Annual report on the Civil Veterinary Department, Burma (including the Insein Veterinary School) - 1923-1931
Year: 1923
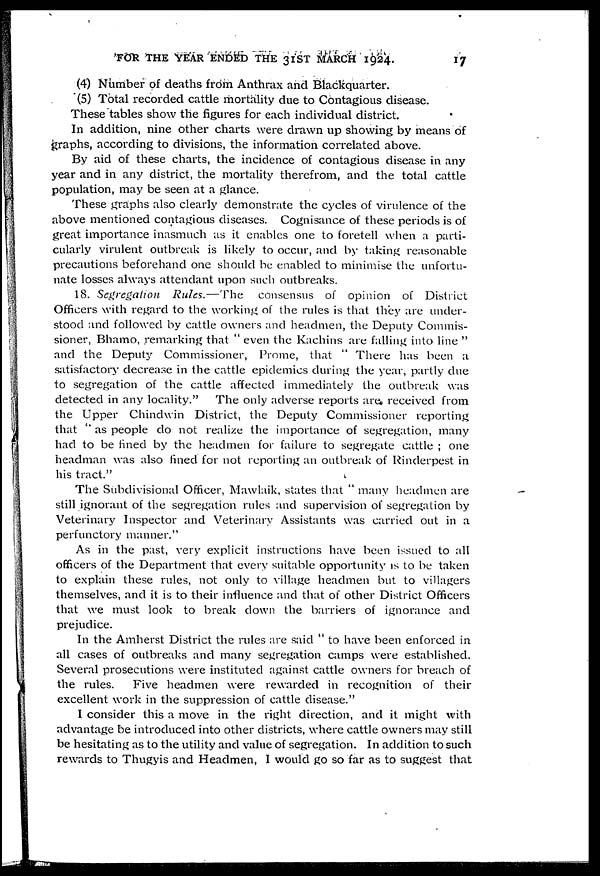
FOR THE YEAR ENDED THE 31ST MARCH 1924.
17
(4) Number of deaths from Anthrax and Blackquarter.
(5) Total recorded cattle mortality due to Contagious disease.
These tables show the figures for each individual district.
In addition, nine other charts were drawn up showing by means of
graphs, according to divisions, the information correlated above.
By aid of these charts, the incidence of contagious disease in any
year and in any district, the mortality therefrom, and the total cattle
population, may be seen at a glance.
These graphs also clearly demonstrate the cycles of virulence of the
above mentioned contagious diseases. Cognisance of these periods is of
great importance inasmuch as it enables one to foretell when a parti-
cularly virulent outbreak is likely to occur, and by taking reasonable
precautions beforehand one should be enabled to minimise the unfortu-
nate losses always attendant upon such outbreaks.
18. Segregation Rules.—The
consensus of opinion of District
Officers with regard to the working of the rules is that they are under-
stood and followed by cattle owners and headmen, the Deputy Commis-
sioner, Bhamo, remarking that " even the Kachins are falling into line "
and the Deputy Commissioner, Prome, that " There has been a
satisfactory decrease in the cattle epidemics during the year, partly due
to segregation of the cattle affected immediately the outbreak was
detected in any locality." The only adverse reports are received from
the Upper Chindwin District, the Deputy Commissioner reporting
that " as people do not realize the importance of segregation, many
had to be fined by the headmen for failure to segregate cattle ; one
headman was also fined for not reporting an outbreak of Rinderpest in
his tract."
The Subdivisional Officer, Mawlaik, states that " many headmen are
still ignorant of the segregation rules and supervision of segregation by
Veterinary Inspector and Veterinary Assistants was carried out in a
perfunctory manner."
As in the past, very explicit instructions have been issued to all
officers of the Department that every suitable opportunity is to be taken
to explain these rules, not only to village headmen but to villagers
themselves, and it is to their influence and that of other District Officers
that we must look to break down the barriers of ignorance and
prejudice.
In the Amherst District the rules are said " to have been enforced in
all cases of outbreaks and many segregation camps were established.
Several prosecutions were instituted against cattle owners for breach of
the rules. Five headmen were rewarded in recognition of their
excellent work in the suppression of cattle disease."
I consider this a move in the right direction, and it might with
advantage be introduced into other districts, where cattle owners may still
be hesitating as to the utility and value of segregation. In addition to such
rewards to Thugyis and Headmen, 1 would go so far as to suggest that